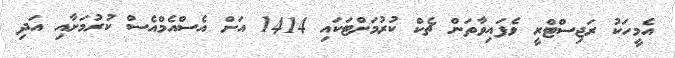
އެމީހަކު ރަޖިސްޓްރީ ވެފައިވާތަން ޗެކް ކުރުމަށްޓަކައި 1414 އަށް އެސްއެމްއެސް ކުރުމަށާއި އަދި